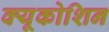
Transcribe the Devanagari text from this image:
क्यूकोशिन